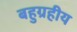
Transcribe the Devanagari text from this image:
बहुग्रहीय